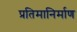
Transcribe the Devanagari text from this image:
प्रतिमानिर्माण